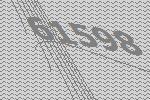
61598